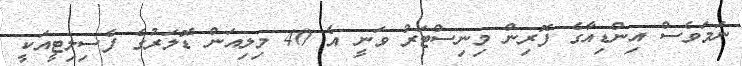
ނަމަވެސް އިންޑިއާގެ ފޮރިން މިނިސްޓަރު ވަނީ އެ 40 މިލިއަން ޑޮލަރުގެ ފެސިލިޓީއަކީ